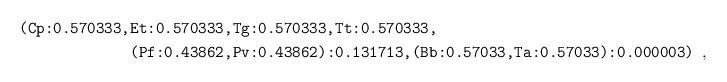
LaTeX: \begin{align*} \texttt{(Cp:0.570333,}&\texttt{Et:0.570333,Tg:0.570333,Tt:0.570333,}\\ &\texttt{(Pf:0.43862,Pv:0.43862):0.131713,(Bb:0.57033,Ta:0.57033):0.000003)} \enspace , \end{align*}